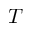
T